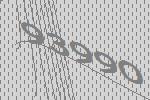
93990